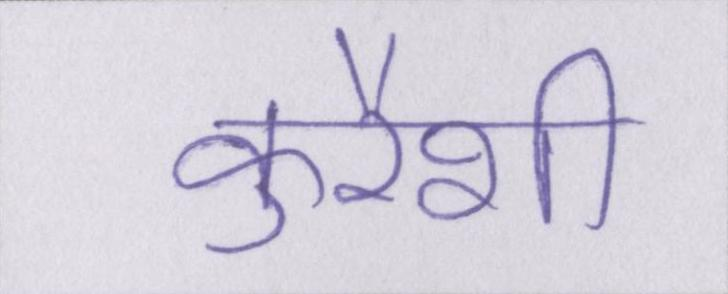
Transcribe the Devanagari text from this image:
कुरैशी